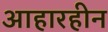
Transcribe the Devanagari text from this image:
आहारहीन